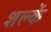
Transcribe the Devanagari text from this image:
शल्कें